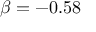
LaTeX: \beta = - 0 . 5 8